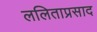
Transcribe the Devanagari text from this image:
ललिताप्रसाद